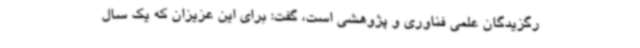
رگزیدگان علمی فناوری و پژوهشی است، گفت: برای این عزیزان که یک سال